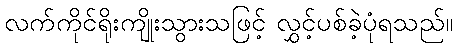
လက်ကိုင်ရိုးကျိုးသွားသဖြင့် လွှင့်ပစ်ခဲ့ပုံရသည်။